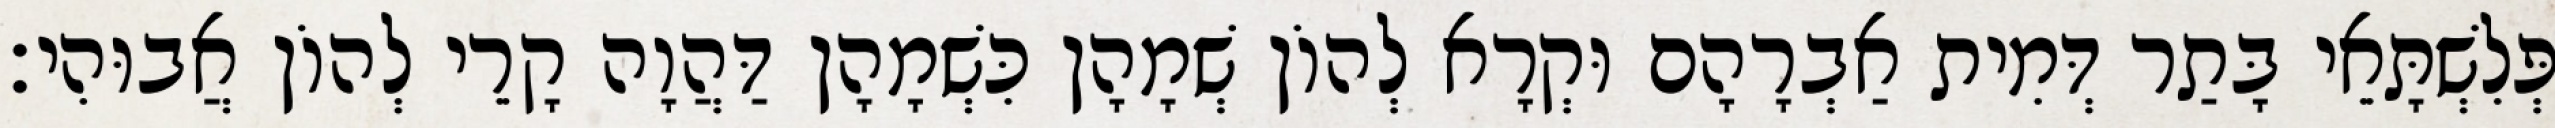
פְּלִשְׁתָּאֵי בָּתַר דְּמִית אַבְרָהָם וּקְרָא לְהוֹן שְׁמָהָן כִּשְׁמָהָן דַּהֲוָה קָרֵי לְהוֹן אֲבוּהִי׃